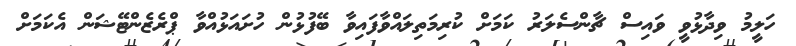
ހަލީމު ވިދާޅުވީ ވައިސް ޗާންސެލަރު ކަމަށް ކުރިމަތިލައްވާފައިވާ ބޭފުޅުން ހުށައަޅުއްވާ ޕްރެޒެންޓޭޝަން އެކަމަށް